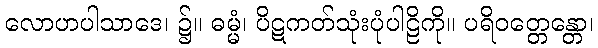
လောဟပါသာဒေ၊ ၌။ ဓမ္မံ၊ ပိဋကတ်သုံးပုံပါဠိကို။ ပရိဝတ္တေန္တော၊